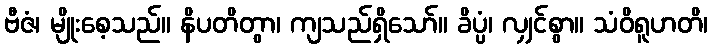
ဗီဇံ၊ မျိုးစေ့သည်။ နိပတိတွာ၊ ကျသည်ရှိသော်။ ခိပ္ပံ၊ လျှင်စွာ။ သံဝိရူဟတိ၊